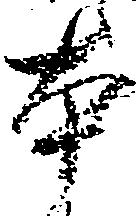
本